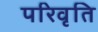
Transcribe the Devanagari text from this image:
परिवृति